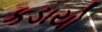
કડાયો